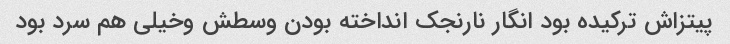
پیتزاش ترکیده بود انگار نارنجک انداخته بودن وسطش وخیلی هم سرد بود